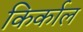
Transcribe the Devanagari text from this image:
किर्काल